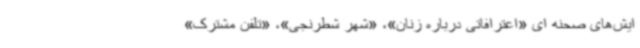
ایش‌های صحنه ای «اعترافاتی درباره زنان»، «شهر شطرنجی»، «تلفن مشترک»